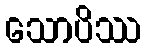
သောပိဿ